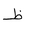
Letter: _za